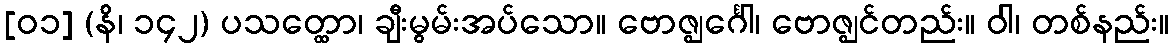
[၀၁] (နိ၊ ၁၄၂) ပသတ္ထော၊ ချီးမွမ်းအပ်သော။ ဗောဇ္ဈင်္ဂေါ၊ ဗောဇ္ဈင်တည်း။ ဝါ၊ တစ်နည်း။